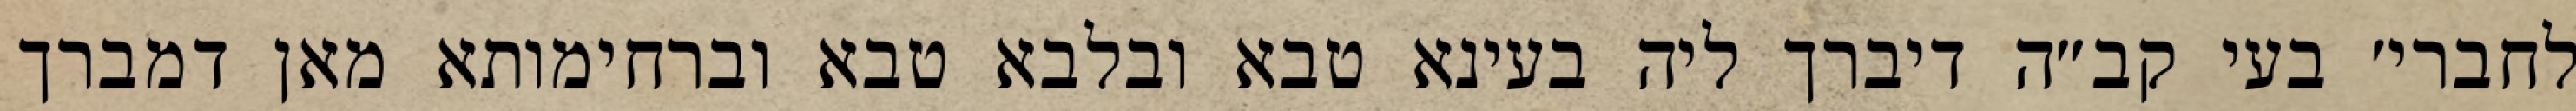
לחברי׳ בעי קב״ה דיברך ליה בעינא טבא ובלבא טבא וברחימותא מאן דמברך